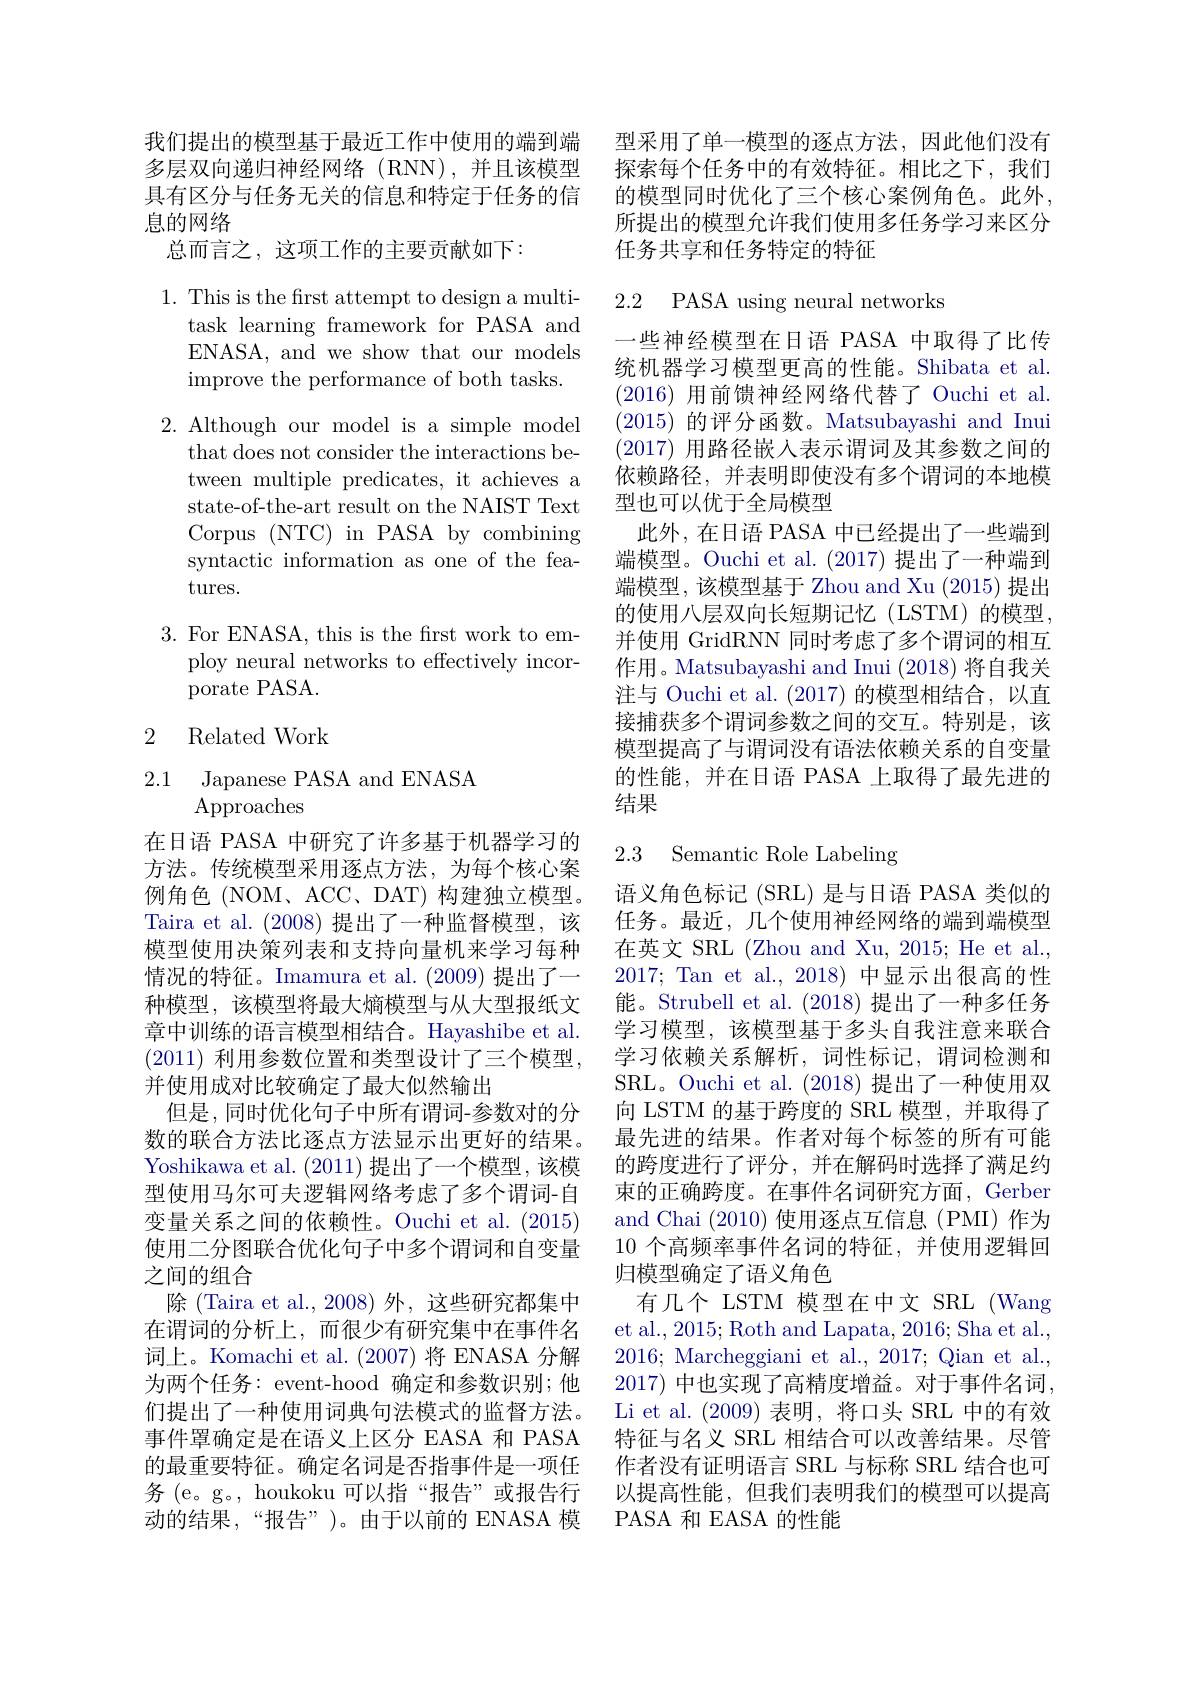
我们提出的模型基于最近工作中使用的端到端多层双向递归神经网络(RNN),并且该模型具有区分与任务无关的信息和特定于任务的信息的网络
总而言之，这项工作的主要贡献如下：

1. This is the first attempt to design a multi-
task learning framework for PASA and ENASA, and we show that our models improve the performance of both tasks.

2. Although our model is a simple model
that does not consider the interactions between multiple predicates, it achieves a state-of-the-art result on the NAIST Text Corpus (NTC) in PASA by combining syntactic information as one of the features.

$3.{\mathrm{~For~ENASA,~this~is~the~first~work~to~em-}}$
ploy neural networks to effectively incor-
porate PASA.

## 2 Related Work

## 2.1 Japanese PASA and ENASA Approaches

在日语 PASA 中研究了许多基于机器学习的方法。传统模型采用逐点方法，为每个核心案例角色 (NOM、ACC、DAT)构建独立模型。Taira et al. (2008)提出了一种监督模型，该模型使用决策列表和支持向量机来学习每种情况的特征。Imamura et al. (2009)提出了一种模型，该模型将最大熵模型与从大型报纸文章中训练的语言模型相结合。Hayashibe et al. (2011) 利用参数位置和类型设计了三个模型， 并使用成对比较确定了最大似然输出
但是，同时优化句子中所有谓词-参数对的分数的联合方法比逐点方法显示出更好的结果。Yoshikawa et al. (2011)提出了一个模型，该模型使用马尔可夫逻辑网络考虑了多个谓词-自变量关系之间的依赖性。Ouchi et al. (2015) 使用二分图联合优化句子中多个谓词和自变量之间的组合
除 (Taira et al., 2008) 外，这些研究都集中在谓词的分析上，而很少有研究集中在事件名词上。Komachi et al.(2007)将 ENASA 分解为两个任务：event-hood 确定和参数识别；他们提出了一种使用词典句法模式的监督方法。事件罩确定是在语义上区分 EASA 和 PASA 的最重要特征。确定名词是否指事件是一项任务 (e。g。, houkoku 可以指“报告”或报告行动的结果，“报告”)。由于以前的 ENASA 模

型采用了单一模型的逐点方法，因此他们没有探索每个任务中的有效特征。相比之下，我们的模型同时优化了三个核心案例角色。此外， 所提出的模型允许我们使用多任务学习来区分任务共享和任务特定的特征

## 2.2 PASA using neural networks

一些神经模型在日语 PASA 中取得了比传统机器学习模型更高的性能。Shibata et al. (2016)用前馈神经网络代替了 Ouchi et al (2015)的评分函数。Matsubayashi and Inui (2017)用路径嵌入表示谓词及其参数之间的依赖路径，并表明即使没有多个谓词的本地模型也可以优于全局模型
此外，在日语 PASA 中已经提出了一些端到端模型。Ouchi et al. (2017)提出了一种端到端模型，该模型基于 Zhou and Xu (2015) 提出的使用八层双向长短期记忆(LSTM)的模型， 并使用 GridRNN 同时考虑了多个谓词的相互作用。Matsubayashi and Inui (2018)将自我关注与 Ouchi et al. (2017)的模型相结合，以直接捕获多个谓词参数之间的交互。特别是，该模型提高了与谓词没有语法依赖关系的自变量的性能，并在日语 PASA 上取得了最先进的结果

### 2.3 Semantic Role Labeling

语义角色标记 (SRL) 是与日语 PASA 类似的任务。最近，几个使用神经网络的端到端模型在英文 SRL (Zhou and Xu, 2015; He et al., 2017; Tan et al., 2018) 中显示出很高的性能。Strubell et al. (2018)提出了一种多任务学习模型，该模型基于多头自我注意来联合学习依赖关系解析，词性标记，谓词检测和SRL。Ouchi et al. (2018)提出了一种使用双向 LSTM 的基于跨度的 SRL 模型，并取得了最先进的结果。作者对每个标签的所有可能的跨度进行了评分，并在解码时选择了满足约束的正确跨度。在事件名词研究方面，Gerber and Chai (2010)使用逐点互信息(PMI)作为10 个高频率事件名词的特征，并使用逻辑回归模型确定了语义角色
有几个 LSTM 模型在中文 SRL (Wang et al., 2015; Roth and Lapata, 2016; Sha et al., 2016; Marcheggiani et al., 2017; Qian et al., 2017) 中也实现了高精度增益。对于事件名词， Li et al. (2009)表明，将口头 SRL 中的有效特征与名义 SRL 相结合可以改善结果。尽管作者没有证明语言 SRL 与标称 SRL 结合也可以提高性能，但我们表明我们的模型可以提高PASA 和 EASA 的性能